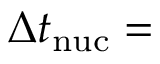
\Delta t _ { \mathrm { n u c } } =